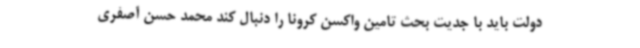
دولت باید با جدیت بحث تامین واکسن کرونا را دنبال کند محمد حسن آصفری